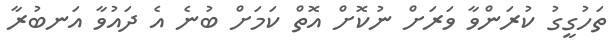
ތަހުގީގު ކުރަންވާ ވަރަށް ނުކޮށް އޮތް ކަމަށް ބުނެ އެ ދައުވާ އަނބުރާ